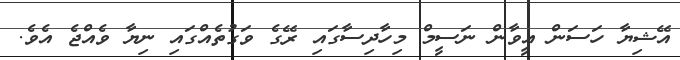
އޭޝިޔާ ހަސަން އީވާން ނަސީމް މިހާދިސާގައި ރޭގެ ވަގުތެއްގައި ނިޔާ ވެއްޖެ އެވެ.